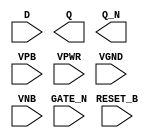
module sky130_fd_sc_ls__dlrbn (
    //# {{data|Data Signals}}
    input  D      ,
    output Q      ,
    output Q_N    ,

    //# {{control|Control Signals}}
    input  RESET_B,

    //# {{clocks|Clocking}}
    input  GATE_N ,

    //# {{power|Power}}
    input  VPB    ,
    input  VPWR   ,
    input  VGND   ,
    input  VNB
);
endmodule